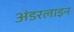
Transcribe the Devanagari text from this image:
अंडरलाइन